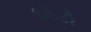
છોડી